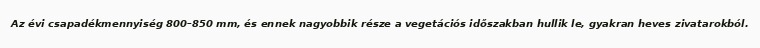
Az évi csapadékmennyiség 800–850 mm, és ennek nagyobbik része a vegetációs időszakban hullik le, gyakran heves zivatarokból.